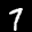
Label: 7